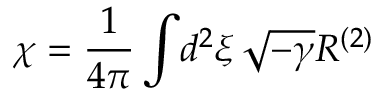
\chi = { \frac { 1 } { 4 \pi } } \int \! d ^ { 2 } \xi \, \sqrt { - \gamma } R ^ { ( 2 ) }